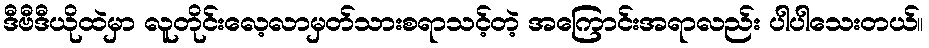
ဒီဗီဒီယိုထဲမှာ လူတိုင်းလေ့လာမှတ်သားစရာသင့်တဲ့ အကြောင်းအရာလည်း ပါပါသေးတယ်။